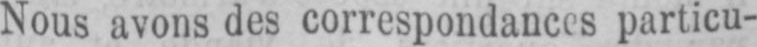
Nous avons des correspondances particu-